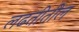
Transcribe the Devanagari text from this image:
लढतीतील